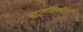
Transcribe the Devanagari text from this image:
वेदान्ताविषयीचा